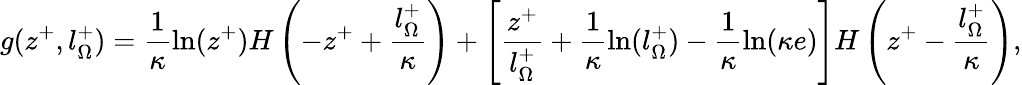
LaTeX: g(z^{+},l_{\Omega}^{+})=\frac{1}{\kappa}\ln(z^{+})H\left(-z^{+}+\frac{l_{\Omega}^{+}}{\kappa}\right)+\left[\frac{z^{+}}{l_{\Omega}^{+}}+\frac{1}{\kappa}\ln(l_{\Omega}^{+})-\frac{1}{\kappa}\ln(\kappa e)\right]H\left(z^{+}-\frac{l_{\Omega}^{+}}{\kappa}\right),